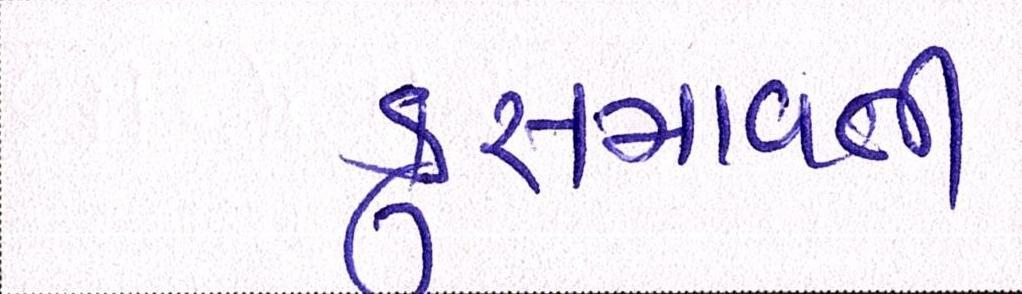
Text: કુસમાવતી